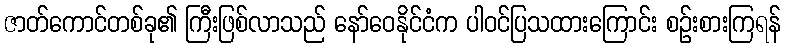
ဇာတ်ကောင်တစ်ခု၏ ကြီးဖြစ်လာသည် နော်ဝေနိုင်ငံက ပါဝင်ပြသထားကြောင်း စဉ်းစားကြရန်